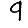
Digit: 9